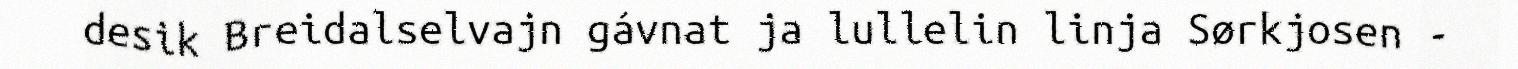
desik Breidalselvajn gávnat ja lullelin linja Sørkjosen -